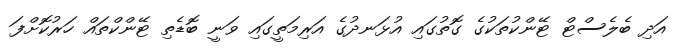
އަދި ބެލެސްޓް ޓޭންކުތަކުގެ ގޮތުގައި އުޅަނދުގެ އަރިމަތީގައި ވަނީ ބޮޑެތި ޓޭންކްތައް ހަރުކޮށްފަ